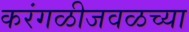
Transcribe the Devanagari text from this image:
करंगळीजवळच्या